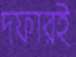
দফারই